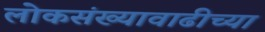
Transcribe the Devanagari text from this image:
लोकसंख्यावाढीच्या